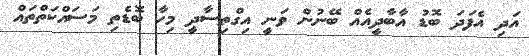
އަދި އެފަދަ ބޮޑު އާބާދީއެއް ބޭނުން ވަނީ އިގްތިސާދީ މިހާ ބޮޑެތި މަސައްކަތްތައް